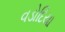
વડોદિયા